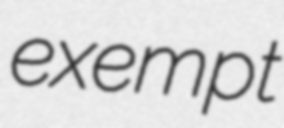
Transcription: exempt